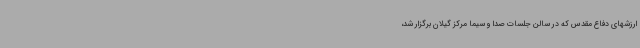
ارزشهای دفاع مقدس که در سالن جلسات صدا و سیما مرکز گیلان برگزار شد،